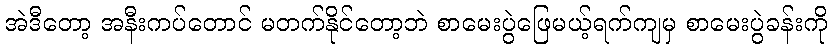
အဲဒီတော့ အနီးကပ်တောင် မတက်နိုင်တော့ဘဲ စာမေးပွဲဖြေမယ့်ရက်ကျမှ စာမေးပွဲခန်းကို